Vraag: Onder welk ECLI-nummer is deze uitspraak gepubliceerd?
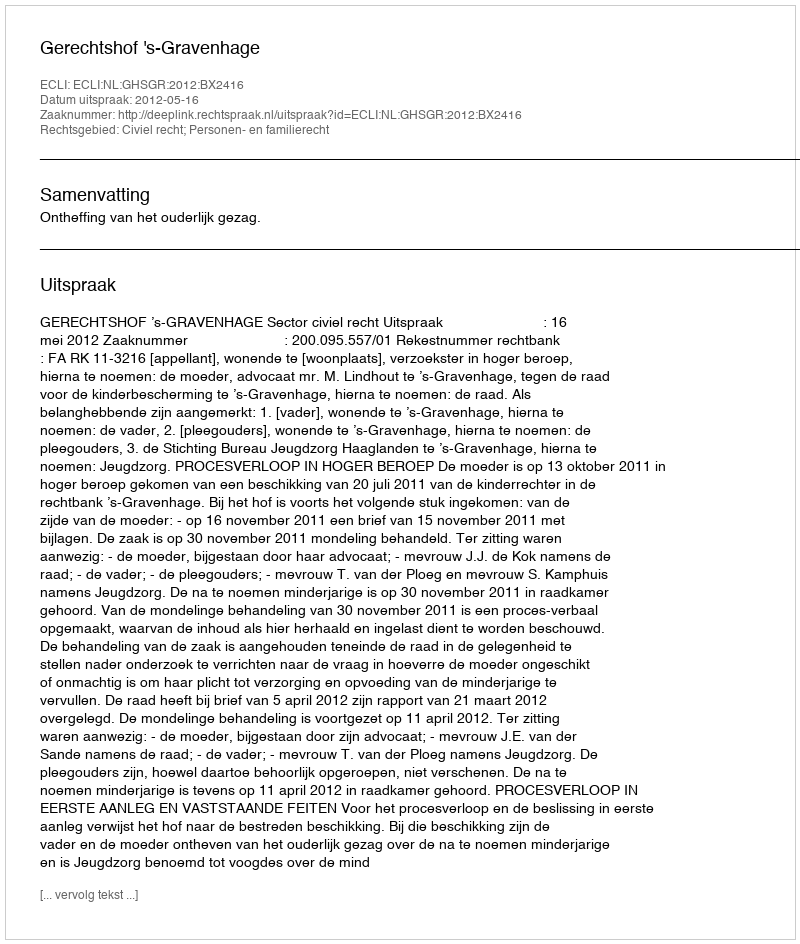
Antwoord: ECLI:NL:GHSGR:2012:BX2416